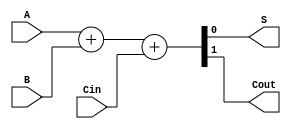
module ADDER(A, B, Cin, S, Cout);

input	A, B; 
input Cin;

output reg S;
output reg Cout;

always @(A or B or Cin)
begin
{ Cout, S } = (A + B + Cin);
end
endmodule